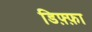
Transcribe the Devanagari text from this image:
डिफ़्फ़ा